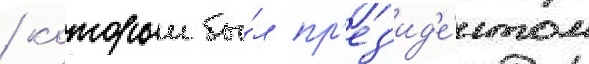
/ которыи бы́л пр'ез'ид'е́нтом